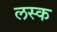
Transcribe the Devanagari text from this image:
लस्क